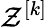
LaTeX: \mathcal{Z}^{[k]}